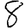
Digit: 8